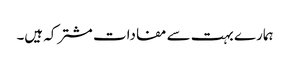
ہمارے بہت سے مفادات مشترکہ ہیں۔